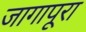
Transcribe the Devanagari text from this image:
जागापूरा